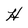
Character: H